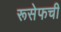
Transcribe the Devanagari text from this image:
रूसेफची